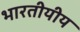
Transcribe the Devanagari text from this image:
भारतीयीय